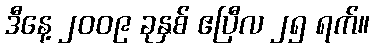
ဒီနေ့ ၂၀၀၉ ခုနှစ် ဧပြီလ ၂၅ ရက်။